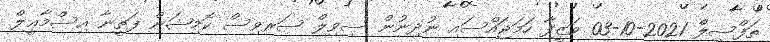
ތަފްސީލް 2021-10-03 ވަޒީފާ ހަމަޖައްސައި ނުދިނުން ސިވިލް ސަރވިސް ކޮމިޝަން ފަޠީނާ އިސްމާޢީލް